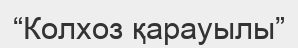
“Колхоз қарауылы”